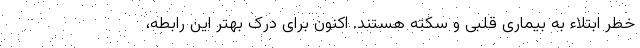
خطر ابتلاء به بیماری قلبی و سکته هستند. اکنون برای درک بهتر این رابطه،